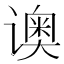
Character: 𬤡